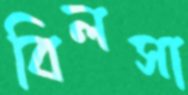
বিলসা